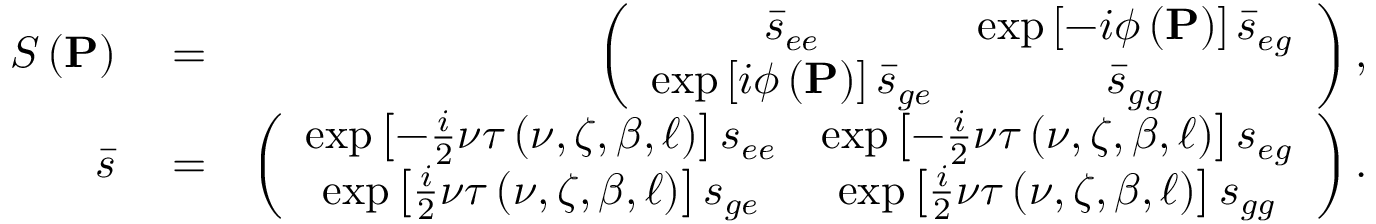
\begin{array} { r l r } { S \left( \mathbf { P } \right) } & { { } = } & { \left( \begin{array} { c c } { \bar { s } _ { e e } } & { \exp \left[ - i \phi \left( \mathbf { P } \right) \right] \bar { s } _ { e g } } \\ { \exp \left[ i \phi \left( \mathbf { P } \right) \right] \bar { s } _ { g e } } & { \bar { s } _ { g g } } \end{array} \right) , } \\ { \bar { s } } & { { } = } & { \left( \begin{array} { c c } { \exp \left[ - \frac { i } { 2 } \nu \tau \left( \nu , \zeta , \beta , \ell \right) \right] s _ { e e } } & { \exp \left[ - \frac { i } { 2 } \nu \tau \left( \nu , \zeta , \beta , \ell \right) \right] s _ { e g } } \\ { \exp \left[ \frac { i } { 2 } \nu \tau \left( \nu , \zeta , \beta , \ell \right) \right] s _ { g e } } & { \exp \left[ \frac { i } { 2 } \nu \tau \left( \nu , \zeta , \beta , \ell \right) \right] s _ { g g } } \end{array} \right) . } \end{array}